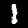
Digit: 1